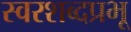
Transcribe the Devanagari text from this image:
स्वरशब्दप्रभू